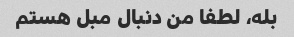
بله، لطفا من دنبال مبل هستم